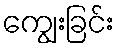
ကျွေးခြင်း